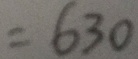
= 6 3 0